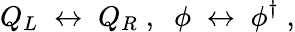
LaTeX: Q_{L}\; \leftrightarrow\; Q_{R}\; ,\; \; \phi\; \leftrightarrow\; \phi^{\dagger}\; ,